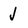
Character: j